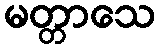
မတ္တာသေ